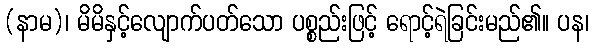
(နာမ)၊ မိမိနှင့်လျောက်ပတ်သော ပစ္စည်းဖြင့် ရောင့်ရဲခြင်းမည်၏။ ပန၊